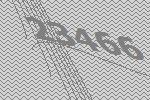
23466